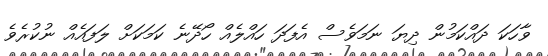
ވާހަކަ ދައްކަމުން ދިޔަ ނަމަވެސް އެފަދަ ހައްލެއް ހޯދޭނެ ކަމަކަށް ލަފައެއް ނުކުރެވެ